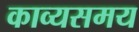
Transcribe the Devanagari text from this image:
काव्यसमय